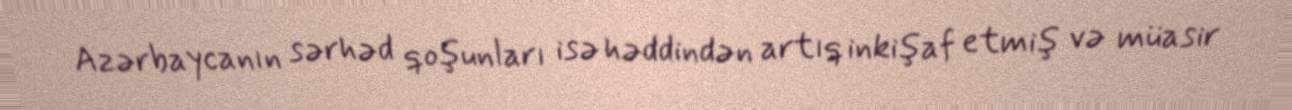
Azərbaycanın sərhəd qoşunları isə həddindən artıq inkişaf etmiş və müasir